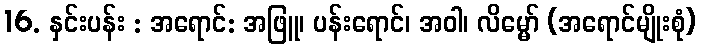
16. နှင်းပန်း : အရောင်: အဖြူ၊ ပန်းရောင်၊ အဝါ၊ လိမ္မော် (အရောင်မျိုးစုံ)